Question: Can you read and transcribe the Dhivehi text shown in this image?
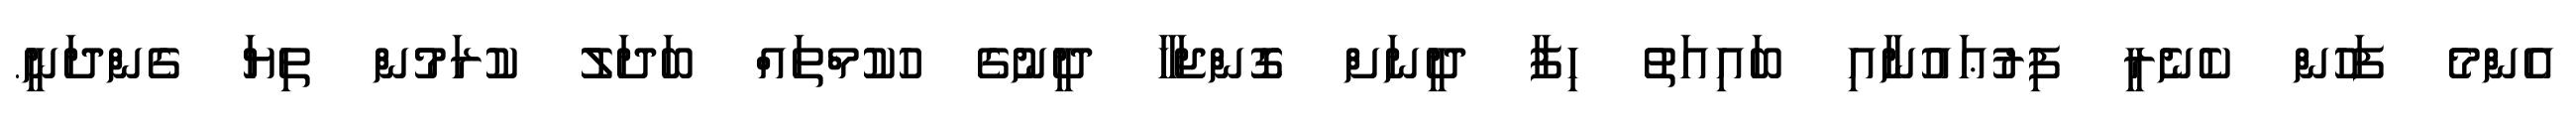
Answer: އެންމެ ފަހުން ކެނެރީ ފިރުޢައުނާއި ބައިއަތު ހިފާ ދީނަށް ގޮންޖަހާ ދީނުގެ ހުކުމްތައް ބަދަލު ކުރަމުން ތިޔަ ގެންދަނީ.